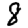
Digit: 8